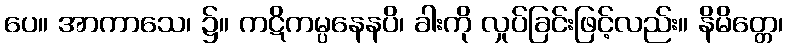
ပေ။ အာကာသေ၊ ၌။ ကဋိကမ္ပနေနပိ၊ ခါးကို လှုပ်ခြင်းဖြင့်လည်း။ နိမိတ္တေ၊